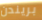
بريندن